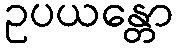
ဥပယန္တော